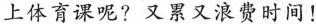
上体育课呢?又累又浪费时间！